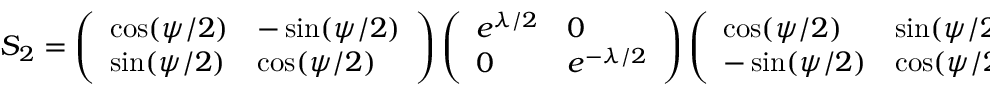
S _ { 2 } = \left( \begin{array} { l l } { { \cos ( \psi / 2 ) } } & { { - \sin ( \psi / 2 ) } } \\ { { \sin ( \psi / 2 ) } } & { { \cos ( \psi / 2 ) } } \end{array} \right) \left( \begin{array} { l l } { { e ^ { \lambda / 2 } } } & { { 0 } } \\ { { 0 } } & { { e ^ { - \lambda / 2 } } } \end{array} \right) \left( \begin{array} { l l } { { \cos ( \psi / 2 ) } } & { { \sin ( \psi / 2 ) } } \\ { { - \sin ( \psi / 2 ) } } & { { \cos ( \psi / 2 ) } } \end{array} \right) ,